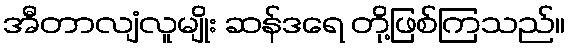
အီတာလျံလူမျိုး ဆန်ဒရေ တို့ဖြစ်ကြသည်။